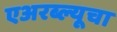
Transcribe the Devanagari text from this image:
एअरब्ल्यूचा